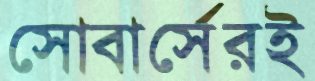
সোবার্সেরই